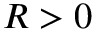
R > 0